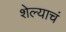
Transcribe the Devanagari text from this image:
शेल्याचं